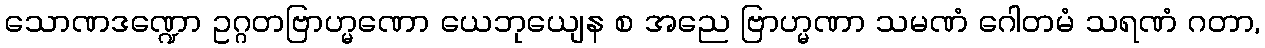
သောဏဒဏ္ဍော ဥဂ္ဂတဗြာဟ္မဏော ယေဘုယျေန စ အညေ ဗြာဟ္မဏာ သမဏံ ဂေါတမံ သရဏံ ဂတာ,